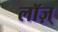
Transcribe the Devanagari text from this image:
लॉज़्